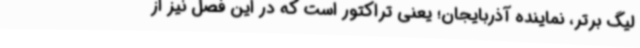
لیگ برتر، نماینده آذربایجان؛ یعنی تراکتور است که در این فصل نیز از